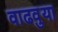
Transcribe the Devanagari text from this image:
वाढवुया